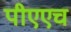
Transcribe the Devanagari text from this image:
पीएएच